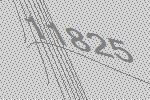
11825